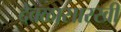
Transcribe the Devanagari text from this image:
देवळासारखी